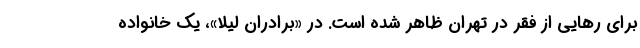
برای رهایی از فقر در تهران ظاهر شده است. در «برادران لیلا»، یک خانواده